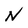
Character: N